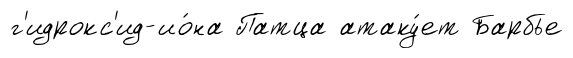
г'идрокс'ид-ио́на Патца атаку́ет Барбье